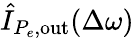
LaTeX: \hat{I}_{P_{e},\mathrm{out}}(\Delta\omega)